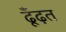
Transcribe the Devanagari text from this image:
ढूँढ़त